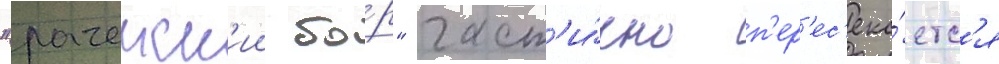
"рачеиск'ии бо́р" част'и́чно п'ер'ес'ека́етс'я